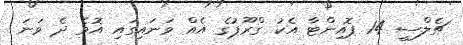
ޗެލްސީ 14 ޕޮއިންޓާ އެކު ގްރޫޕުގެ އެއް ވަނައިގައި އޮވެ ދެ ވަނަ